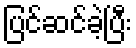
ပြင်ဆင်ခဲ့ပြီး